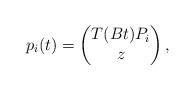
LaTeX: \begin{align*} p_{i}(t)=\begin{pmatrix} T(Bt)P_{i} \\ z \end{pmatrix}, \end{align*}